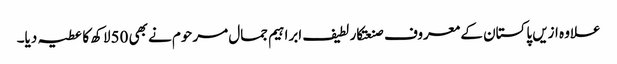
علاوہ ازیں پاکستان کے معروف صنعتکار لطیف ابراہیم جمال مرحوم نے بھی 50لاکھ کا عطیہ دیا۔